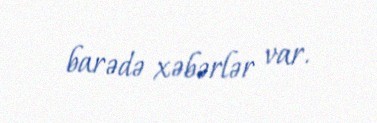
barədə xəbərlər var.